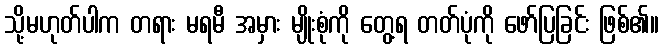
သို့မဟုတ်ပါက တရား မရမီ အမှား မျိုးစုံကို တွေ့ရ တတ်ပုံကို ဖော်ပြခြင်း ဖြစ်၏။